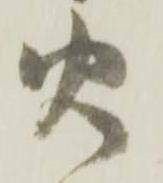
火